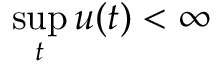
\operatorname* { s u p } _ { t } u ( t ) < \infty